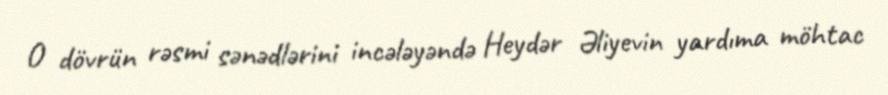
O dövrün rəsmi sənədlərini incələyəndə Heydər Əliyevin yardıma möhtac